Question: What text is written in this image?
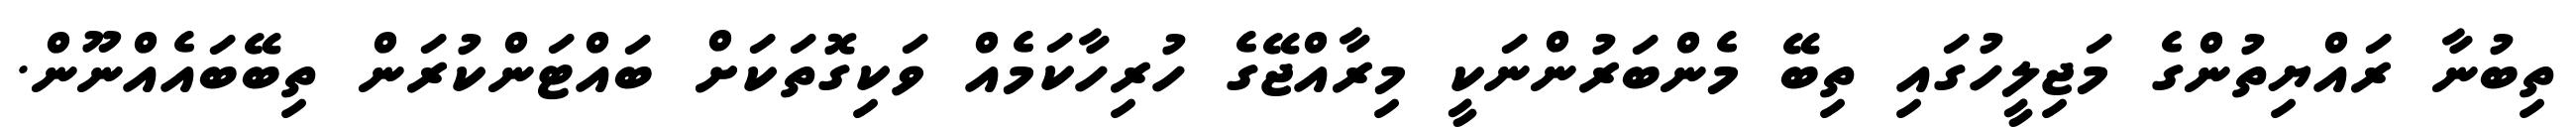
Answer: ތިބުނާ ރައްޔިތުންގެ މަޖިލީހުގައި ތިބޭ މެންބަރުންނަކީ މިރާއްޖޭގެ ހުރިހާކަމެއް ވަކިގޮތަކަށް ބައްޓަންކުރަން ތިބޭބައެއްނޫން.